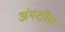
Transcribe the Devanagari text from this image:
अंगठीत